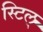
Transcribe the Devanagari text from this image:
स्टिल्